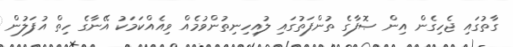
ގާތުގައި ޖެހިގެން އިން ޞޮފާގެ ތުންފަތުގައި ލުއިހިނިތުންވުމެއް ވިއެއްކަމަކު އޭނާގެ ހިތް އުފަލުން